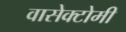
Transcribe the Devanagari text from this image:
वासेक्टोमी